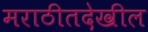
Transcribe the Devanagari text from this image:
मराठीतदेखील